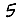
Digit: 5